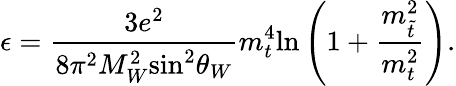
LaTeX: \epsilon=\frac{3e^{2}}{8\pi^{2}M_{W}^{2}\mathrm{sin}^{2}\theta_{W}}m_{t}^{4}\mathrm{ln}\left(1+\frac{{m}_{\tilde{t}}^{2}}{m_{t}^{2}}\right).